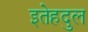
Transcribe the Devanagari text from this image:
इतेहदुल